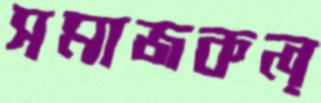
সমাজকল্